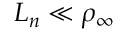
L _ { n } \ll \rho _ { \infty }